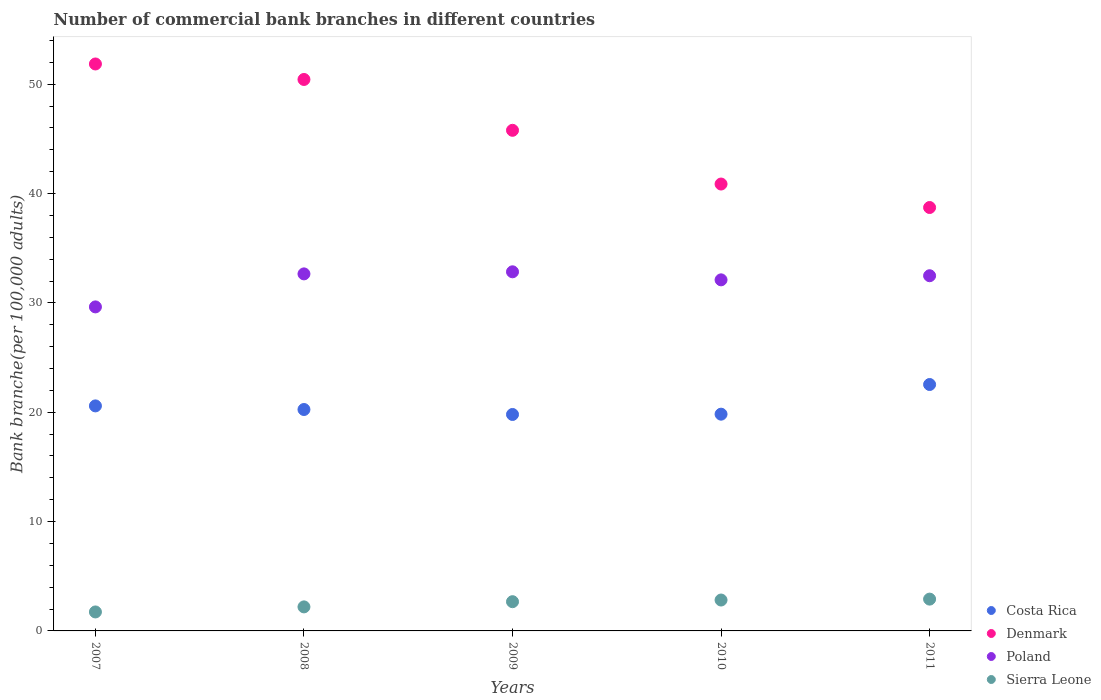
| Years | Costa Rica | Denmark | Poland | Sierra Leone |
 | --- | --- | --- | --- | --- |
 | 2007 | 20.6 | 51.8 | 29.6 | 1.73 |
 | 2008 | 20.2 | 50.4 | 32.7 | 2.2 |
 | 2009 | 19.8 | 45.8 | 32.8 | 2.67 |
 | 2010 | 19.8 | 40.9 | 32.1 | 2.83 |
 | 2011 | 22.5 | 38.7 | 32.5 | 2.91 |